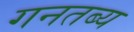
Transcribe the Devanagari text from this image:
गनतब्य